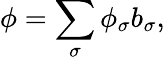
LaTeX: \phi=\sum_{\sigma}\phi_{\sigma}b_{\sigma},